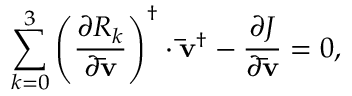
\sum _ { k = 0 } ^ { 3 } { { { \left( { \frac { { \partial { R _ { k } } } } { { \partial { \bf { \bar { v } } } } } } \right) } ^ { \dag } } \cdot { { { \bf { \bar { v } } } } ^ { \dag } } } - \frac { { \partial J } } { { \partial { \bf { \bar { v } } } } } = 0 ,